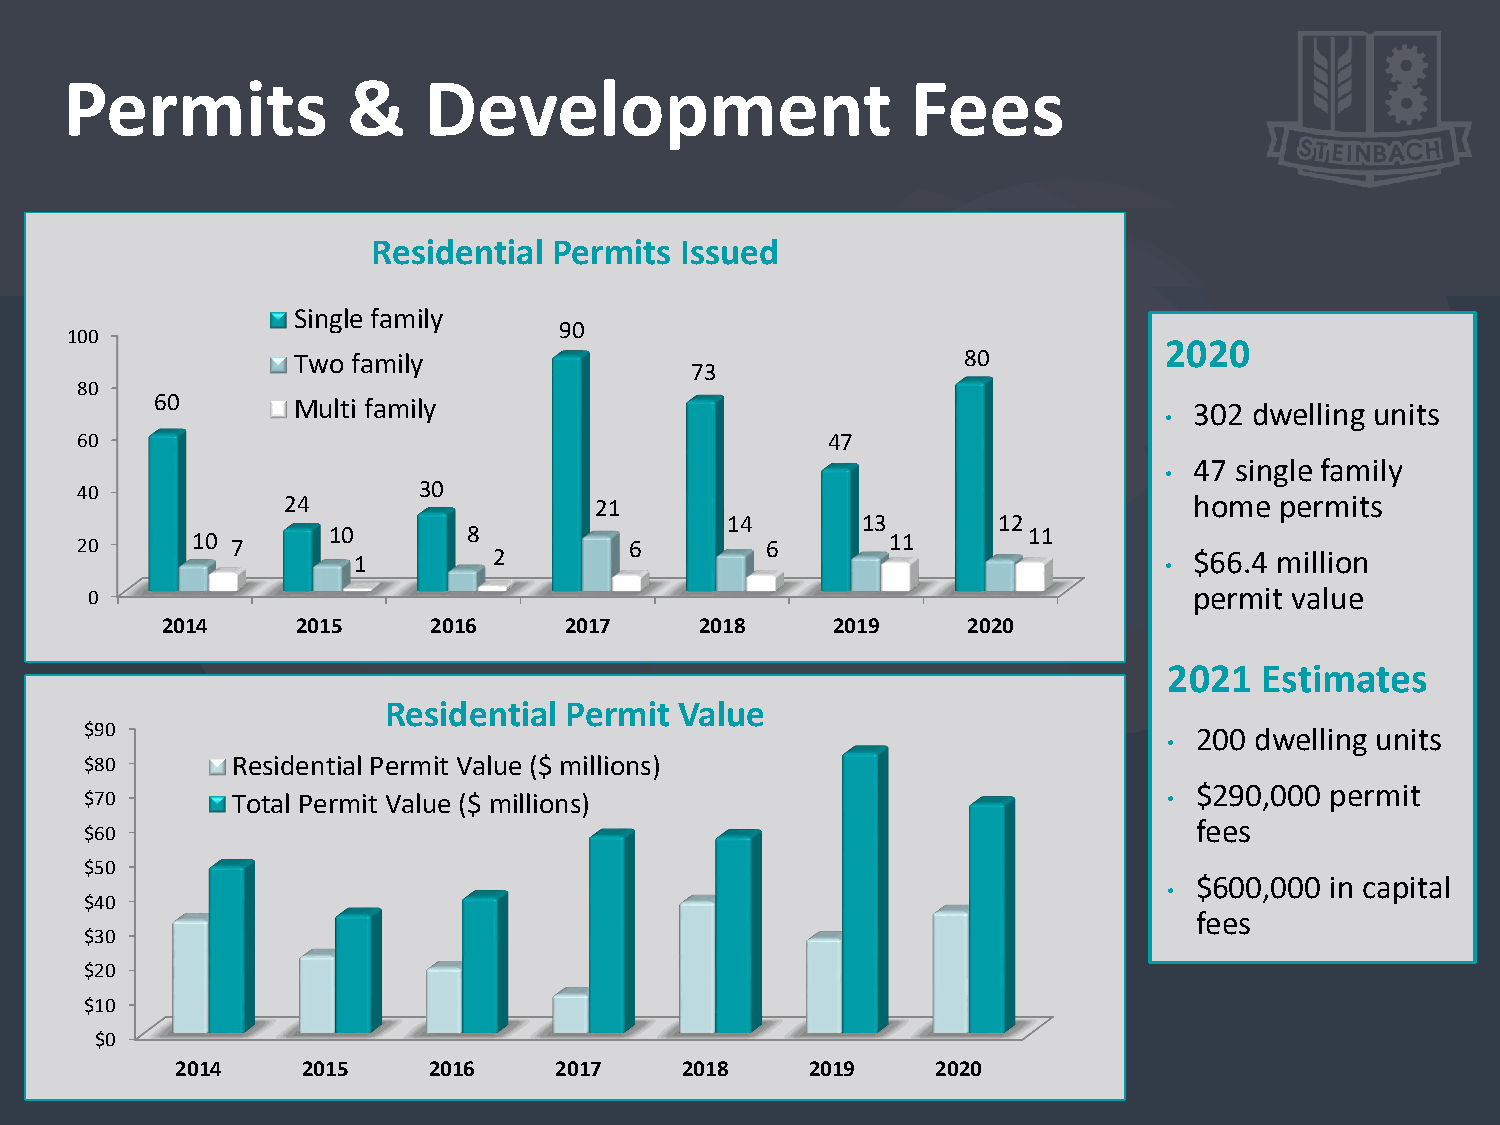
Permits            &    Development                     Fees
 Residential Permits Issued
 Single family
 90
 100
 2020
 Two family                                   80
 73
 80
 60       Multi family                                                302 dwelling units
 •
 60                                                47
 47 single family
 •
 40                     30
 24                  21                                      home  permits
 14       13       12
 20      10 7     10       8          6        6       11       11
 1         2                                           • $66.4 million
 0                                                                        permit value
 2014     2015    2016     2017     2018     2019     2020
 2021   Estimates
 Residential Permit  Value
 $90                                                                      200 dwelling units
 •
 $80      Residential Permit Value ($ millions)
 $290,000 permit
 $70      Total Permit Value ($ millions)                               •
 fees
 $60
 $50
 $600,000 in capital
 •
 $40
 fees
 $30
 $20
 $10
 $0
 2014    2015    2016     2017    2018     2019    2020